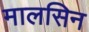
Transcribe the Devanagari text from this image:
मालसिन